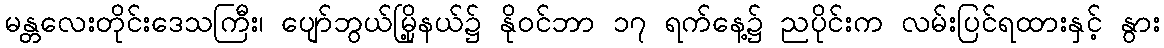
မန္တလေးတိုင်းဒေသကြီး၊ ပျော်ဘွယ်မြို့နယ်၌ နိုဝင်ဘာ ၁၇ ရက်နေ့၌ ညပိုင်းက လမ်းပြင်ရထားနှင့် နွား